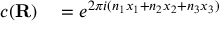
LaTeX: \begin{array} { r l } { c ( \mathbf { R } ) } & { { } = e ^ { 2 \pi i ( n _ { 1 } x _ { 1 } + n _ { 2 } x _ { 2 } + n _ { 3 } x _ { 3 } ) } } \end{array}